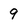
Character: 9